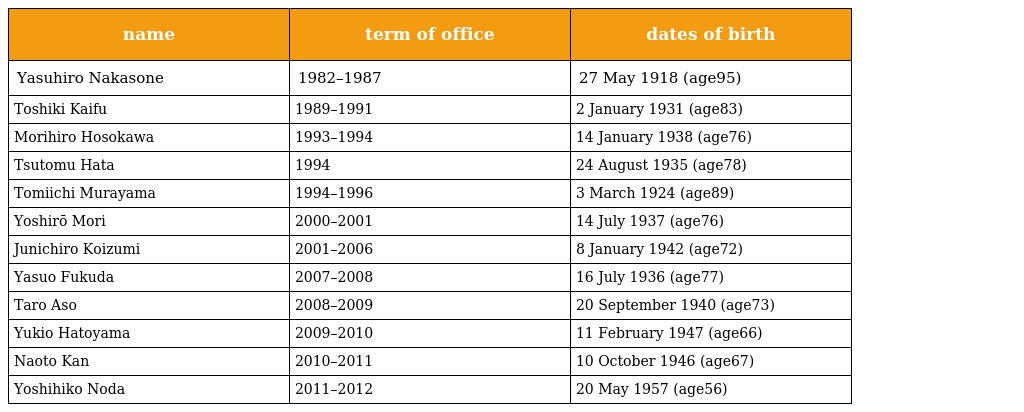
| name | term of office | dates of birth |
 | --- | --- | --- |
 | Yasuhiro Nakasone | 1982–1987 | 27 May 1918 (age95) |
 | Toshiki Kaifu | 1989–1991 | 2 January 1931 (age83) |
 | Morihiro Hosokawa | 1993–1994 | 14 January 1938 (age76) |
 | Tsutomu Hata | 1994 | 24 August 1935 (age78) |
 | Tomiichi Murayama | 1994–1996 | 3 March 1924 (age89) |
 | Yoshirō Mori | 2000–2001 | 14 July 1937 (age76) |
 | Junichiro Koizumi | 2001–2006 | 8 January 1942 (age72) |
 | Yasuo Fukuda | 2007–2008 | 16 July 1936 (age77) |
 | Taro Aso | 2008–2009 | 20 September 1940 (age73) |
 | Yukio Hatoyama | 2009–2010 | 11 February 1947 (age66) |
 | Naoto Kan | 2010–2011 | 10 October 1946 (age67) |
 | Yoshihiko Noda | 2011–2012 | 20 May 1957 (age56) |